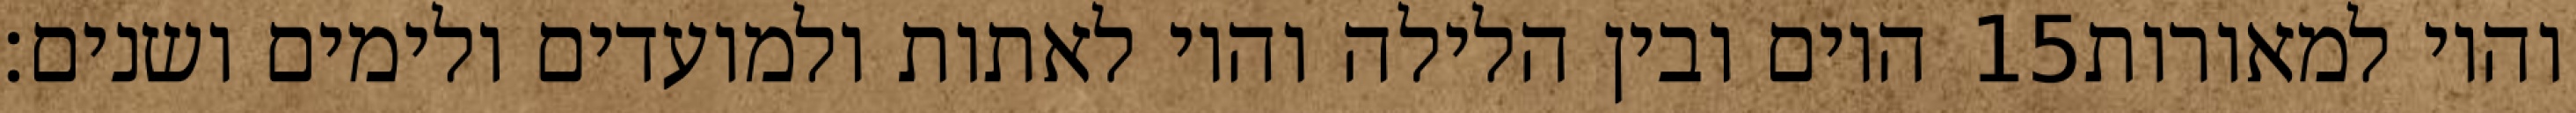
היום ובין הלילה והיו לאתות ולמועדים ולימים ושנים׃ ‎15‏ והיו למאורות